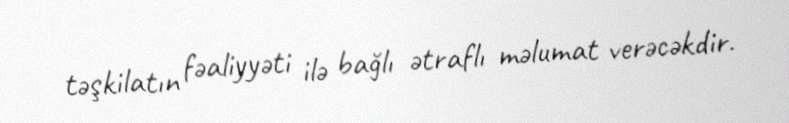
təşkilatın fəaliyyəti ilə bağlı ətraflı məlumat verəcəkdir.